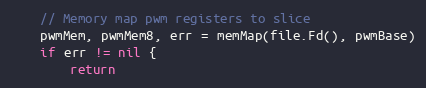
Language: Go
	// Memory map pwm registers to slice
	pwmMem, pwmMem8, err = memMap(file.Fd(), pwmBase)
	if err != nil {
		return